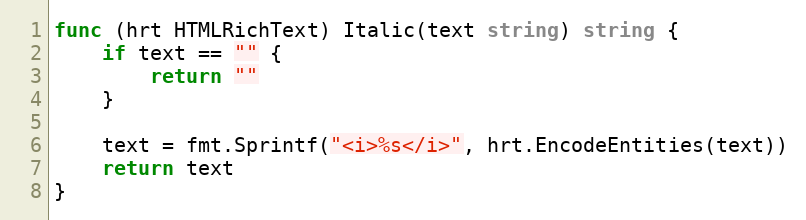
Language: Go
func (hrt HTMLRichText) Italic(text string) string {
	if text == "" {
		return ""
	}

	text = fmt.Sprintf("<i>%s</i>", hrt.EncodeEntities(text))
	return text
}